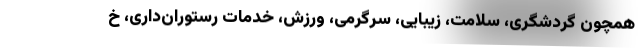
همچون گردشگری، سلامت، زیبایی، سرگرمی، ورزش، خدمات رستوران‌داری، خ